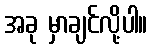
အခု မှာချင်လို့ပါ။